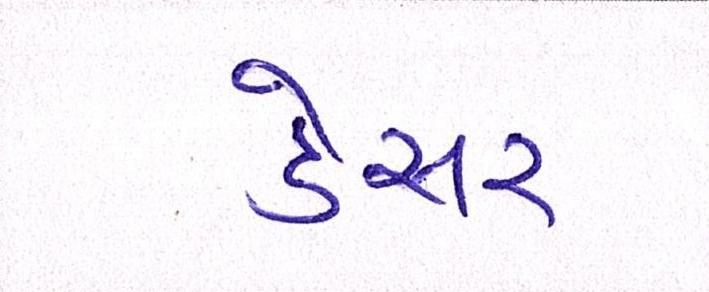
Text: ડેસર